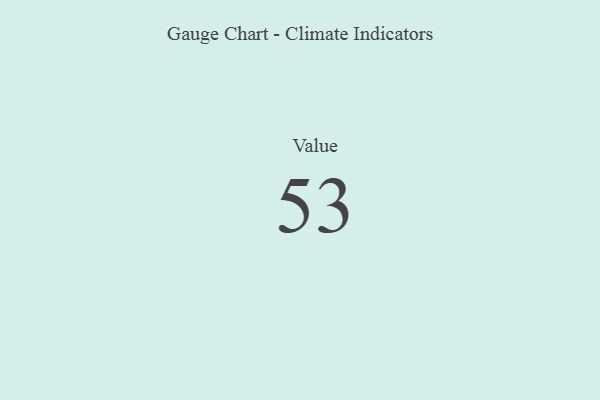
{"axis": {"x": "Metric", "y": "Value"}, "legend": [""], "data": [{"x": "Value", "y": 53, "type": ""}]}